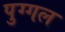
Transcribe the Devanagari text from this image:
पुग्गल